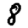
Digit: 8